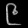
Digit: ၉